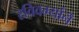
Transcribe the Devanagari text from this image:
रविवर्म्यानॆ